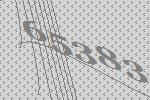
65383